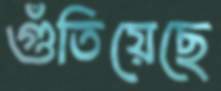
গুঁতিয়েছে